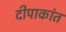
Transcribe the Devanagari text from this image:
दीपाकांत